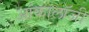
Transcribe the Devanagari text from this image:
आंकालॉजी